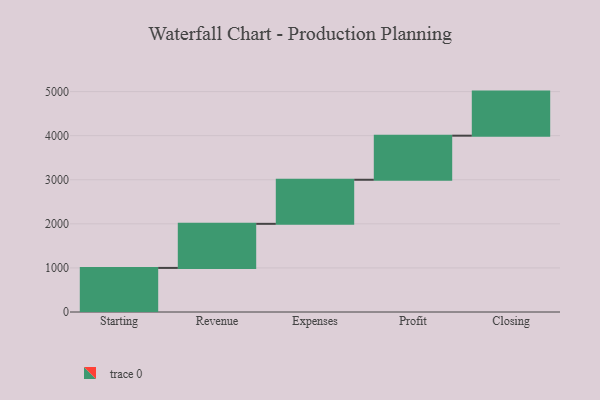
{"axis": {"x": "Step", "y": "Value"}, "legend": [""], "data": [{"x": "Starting", "y": 1000, "type": ""}, {"x": "Revenue", "y": 1000, "type": ""}, {"x": "Expenses", "y": 1000, "type": ""}, {"x": "Profit", "y": 1000, "type": ""}, {"x": "Closing", "y": 1000, "type": ""}]}